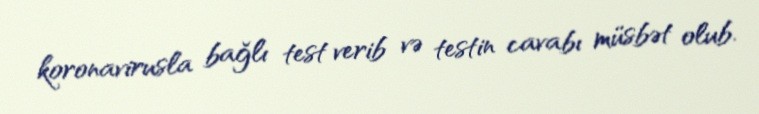
koronavirusla bağlı test verib və testin cavabı müsbət olub.